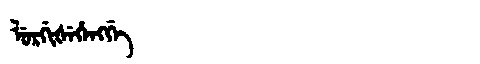
Manchu: ᠯᡠᡵᡤᡳᡧᡝᡥᡝᠩᡤᡝ
Romanization: LURGIŠEHENGGE